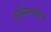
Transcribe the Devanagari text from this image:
पुनर्वसनातील